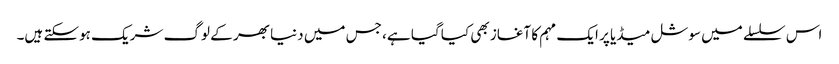
اس سلسلے میں سوشل میڈیا پر ایک مہم کا آغاز بھی کیا گیا ہے، جس میں دنیا بھر کے لوگ شریک ہوسکتے ہیں۔